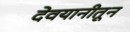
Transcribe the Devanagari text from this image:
देवयानीतून